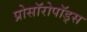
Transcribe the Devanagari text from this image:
प्रोसॉरोपॉड्स